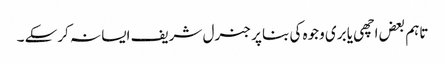
تاہم بعض اچھی یا بری وجوہ کی بنا پر جنرل شریف ایسا نہ کرسکے ۔